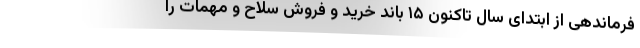
فرماندهی از ابتدای سال تاکنون ۱۵ باند خرید و فروش سلاح و مهمات را